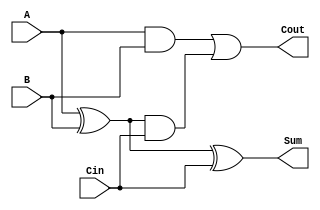
module CarrySaveAdder (
    input [3:0] A,      // 4-bit operand A
    input [3:0] B,      // 4-bit operand B
    input [3:0] Cin,    // 4-bit carry input
    output [3:0] Sum,   // 4-bit sum output
    output [3:0] Cout   // 4-bit carry output
);
    // Internal wires for partial sums and carries
    wire [3:0] partial_sum;
    wire [3:0] partial_carry;

    // Generate partial sums and carries
    assign partial_sum = A ^ B;                // Sum calculation
    assign partial_carry = A & B;              // Carry calculation

    // Combine the partial sums and carries with the carry input
    wire [3:0] sum_with_cin;
    wire [3:0] carry_with_cin;

    assign sum_with_cin = partial_sum ^ Cin;  // Add carry input to partial sum
    assign carry_with_cin = partial_carry | (partial_sum & Cin); // Carry propagation

    // Final output assignment
    assign Sum = sum_with_cin;                 // Final sum output
    assign Cout = carry_with_cin;              // Final carry output

endmodule